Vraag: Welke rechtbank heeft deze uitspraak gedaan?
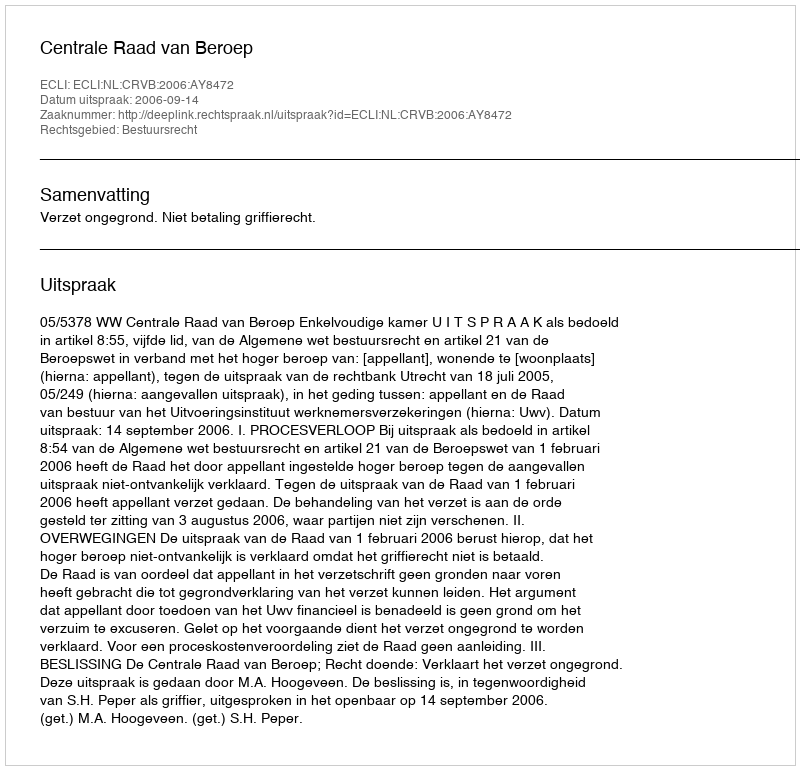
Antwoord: Centrale Raad van Beroep